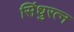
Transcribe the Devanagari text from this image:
सिंधुरत्न